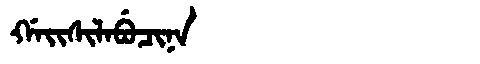
Manchu: ᡤᠠᡳᠰᡳᠯᠠᠪᡠᠴᡳᠨᠠ
Romanization: GAISILABUCINA